Medical and sanitary report of the native army of Madras for the year
Year: 1877
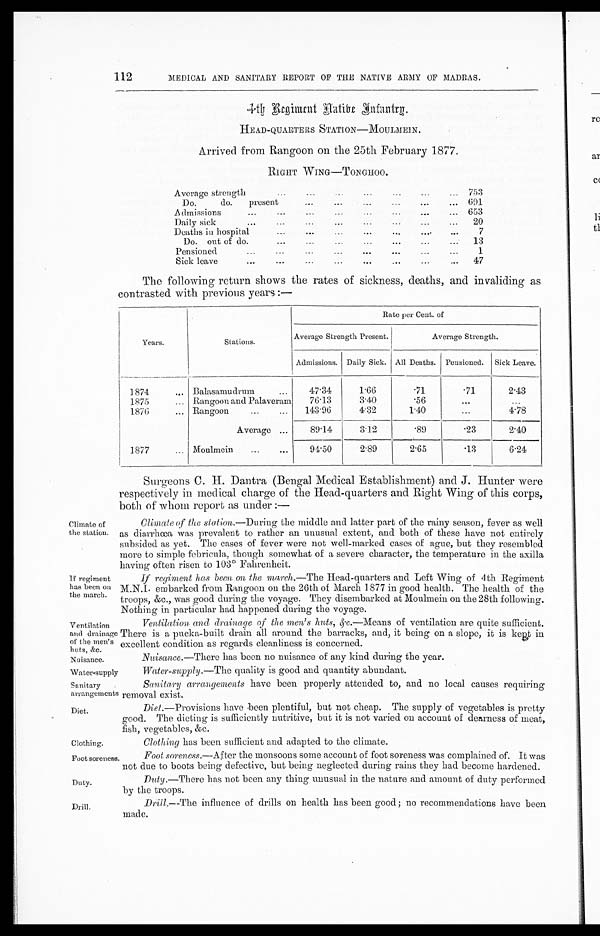
If regiment
has been on
the march.
Ventilation
and drainage
of the men's
huts. &c.
Nuisance.
Water-supply
Sanitary
arrangements
Diet.
Clothin
g.
Foot soreness.
Duty.
Drill.
112
Climate of
the station.
MEDICAL AND SANITARY REPORT OF THE NATIVE ARMY OF MADRAS.
4th Regiment Natibe Infantry.
HEAD-QUARTERS STATION—MOULMEIN.
Arrived from Rangoon on the 25th February 1877.
Average strength...
. . .
. . .
. . .
. . .
. . . . . . 753
Do. do. present
...
...
...
...
...
... 691
Admissions ...
...
. . .
. . .
. . .
. . . ...
... 653
Daily sick
...
...
. . . ...
...
. . .
...
... 20
Deaths in hospital
...
...
...
...
...
....
...
7
Do. out of do. ...
...
...
...
...
...
... 13
Pensioned...
...
...
. . .
...
...
. . . ...
1
Sick leave
...
...
...
...
...
...
...
... 47
The following return shows the rates of sickness, deaths, and invaliding a
contrasted with previous years :—
Years.
Stations.
Rate per Cent. of
Average Strength Present.
Average Strength.
Admissions. Daily Sick. All Deaths. Pensioned. Sick Leave.
1874
... Balasamudrum
...
47·34
1·66
·71
·71
2·43
1875
... Rangoon and Palaveram
76. 13
3·40
·56
...
...
1876
... Rangoon
...
...
143. 96
4·32
1·40
. . .
4·78
Average ...
89·14
3·12
·89
·23
2·40
1877
... Moulmein
...
. . .
94·50
2·89
2·65
·13
6·24
surgeons C. H. Dantra (Bengal Medical Establishment) and J. Hunter were
respectively in medical charge of the Head-quarters and Right Wing of this corps,
both of whom report as under :—
Climate of the s t a t i o n . — D u r i n g t h e m i d d l e a n d l a t t e r p a r t o f t h e r a i n y s e a s o n , f e v e r a s w e l l
as diarrhœa was prevalent to rather an unusual extent, and both of these have not entirely
subsided as yet. The cases of fever were not well-marked cases of ague, but they resembled
more to simple febricula, though somewhat of a severe character, the temperature in the axilla
having often risen to 103° Fahrenheit.
I f r e g i m e n t h a s b e e n o n t h e m a r c h .—
T h e H e a d - q u a r t e r s a n d L e f t W i n g o f 4 t h R e g i m e n t
M.N.I. embarked from Rangoon on the 26th of March 1877 in good health. The health of the
troops, &c., was good during the voyage. They disembarked at Moulmein on the 28th following.
Nothing in particular had happened during. the voyage.
Ventilation and drainage of the men's huts, &c .—Means of ventilation are quite sufficient.
There is a pucka-built drain all around the barracks, and, it being on a slope, it is kept in
excellent condition as regards cleanliness is concerned.
Nuisance.—There has been no nuisance of any kind during the year.
Water-supply.—The quality is good and quantity abundant.
Sanitary arrangements have been properly attended to, and no local causes requiring
removal exist.
Diet.—Provisions have been plentiful, but not cheap. The supply of vegetables is pretty
good. The dieting is sufficiently nutritive, but it is not varied on account of dearness of meat,
fish, vegetables, &c.
Clothing has been sufficient and adapted to the climate.
Foot soreness.— After the monsoons some account of foot soreness was complained of. It was
not due to boots being defective, but being neglected during rains they had become hardened.
Duty.—There has not been any thing unusual in the nature and amount of duty performed
by the troops.
Drill.—The influence of drills on health has been good ; no recommendations have been
made.